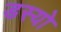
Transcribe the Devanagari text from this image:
डस्यो